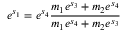
e ^ { s _ { 1 } } = e ^ { s _ { 4 } } { \frac { m _ { 1 } e ^ { s _ { 3 } } + m _ { 2 } e ^ { s _ { 4 } } } { m _ { 1 } e ^ { s _ { 4 } } + m _ { 2 } e ^ { s _ { 3 } } } }